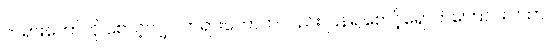
တရားတော်ကို စောင့်လျှင် တရားတော်ကလည်း ပြန်၍စောင့်ရှောက်ကြောင်းဂါထာ